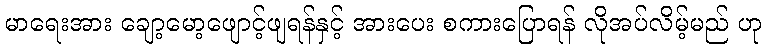
မာရေးအား ချော့မော့ဖျောင့်ဖျရန်နှင့် အားပေး စကားပြောရန် လိုအပ်လိမ့်မည် ဟု